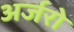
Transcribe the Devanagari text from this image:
अर्जरो